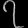
Digit: ၇